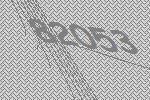
82053